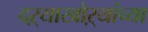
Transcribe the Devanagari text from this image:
दऱ्याखोऱ्यांच्या